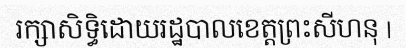
រក្សាសិទ្ធិដោយរដ្ឋបាលខេត្តព្រះសីហនុ |